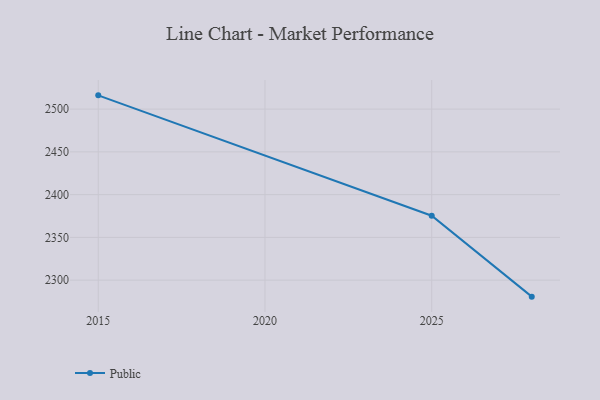
{"axis": {"x": "Year", "y": "Temperature (°C)"}, "legend": ["Public"], "data": [{"x": "2015", "y": 2516.1, "type": "Public"}, {"x": "2025", "y": 2375.3, "type": "Public"}, {"x": "2028", "y": 2280.7, "type": "Public"}]}